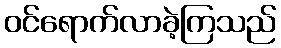
ဝင်ရောက်လာခဲ့ကြသည်